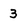
Character: 3